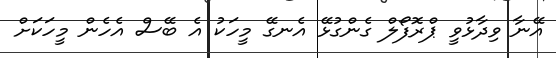
އޭނާ ވިދާޅުވީ ޕްރޮފޯލް ގެންގުޅޭ އެނގޭ މީހަކު އެ ބޭސް އެހެން މީހަކަށް